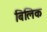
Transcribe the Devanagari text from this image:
बिलिक